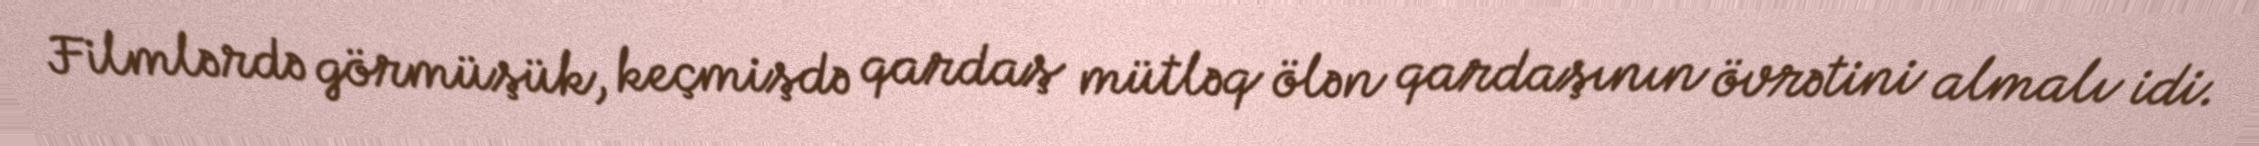
Filmlərdə görmüşük, keçmişdə qardaş mütləq ölən qardaşının övrətini almalı idi.